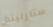
ستارلينغ